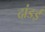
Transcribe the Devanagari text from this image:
दांडई